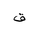
Letter: _qaf